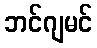
ဘင်ဂျမင်